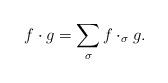
LaTeX: \begin{align*}f \cdot g = \sum_\sigma f \cdot_\sigma g.\end{align*}